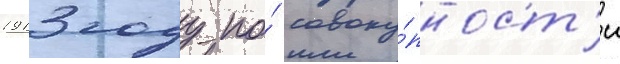
1913 году по́ совоку́пност'и